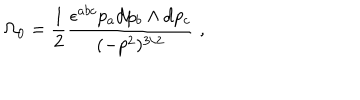
LaTeX: \Omega _ { 0 } = \frac { 1 } { 2 } \frac { \epsilon ^ { a b c } p _ { a } \mathrm { d } p _ { b } \land \mathrm { d } p _ { c } } { ( - p ^ { 2 } ) ^ { 3 / 2 } } \; ,